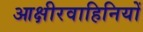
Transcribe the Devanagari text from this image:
आक्षीरवाहिनियों